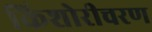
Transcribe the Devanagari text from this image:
किशोरीचरण